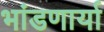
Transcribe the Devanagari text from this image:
भांडणार्या